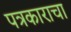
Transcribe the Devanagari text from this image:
पत्रकाराचा